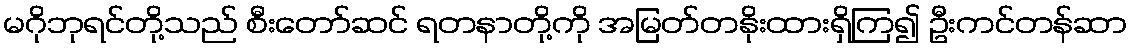
မဂိုဘုရင်တို့သည် စီးတော်ဆင် ရတနာတို့ကို အမြတ်တနိုးထားရှိကြ၍ ဦးကင်တန်ဆာ